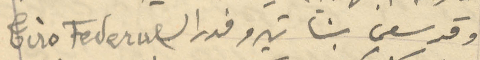
وقد سعى بنا تيرو فدرال Tiro Federal